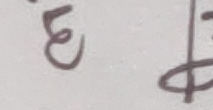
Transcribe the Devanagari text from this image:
हे